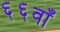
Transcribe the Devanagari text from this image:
६६वाँ